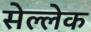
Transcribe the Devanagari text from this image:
सेल्लेक